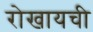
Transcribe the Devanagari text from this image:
रोखायची